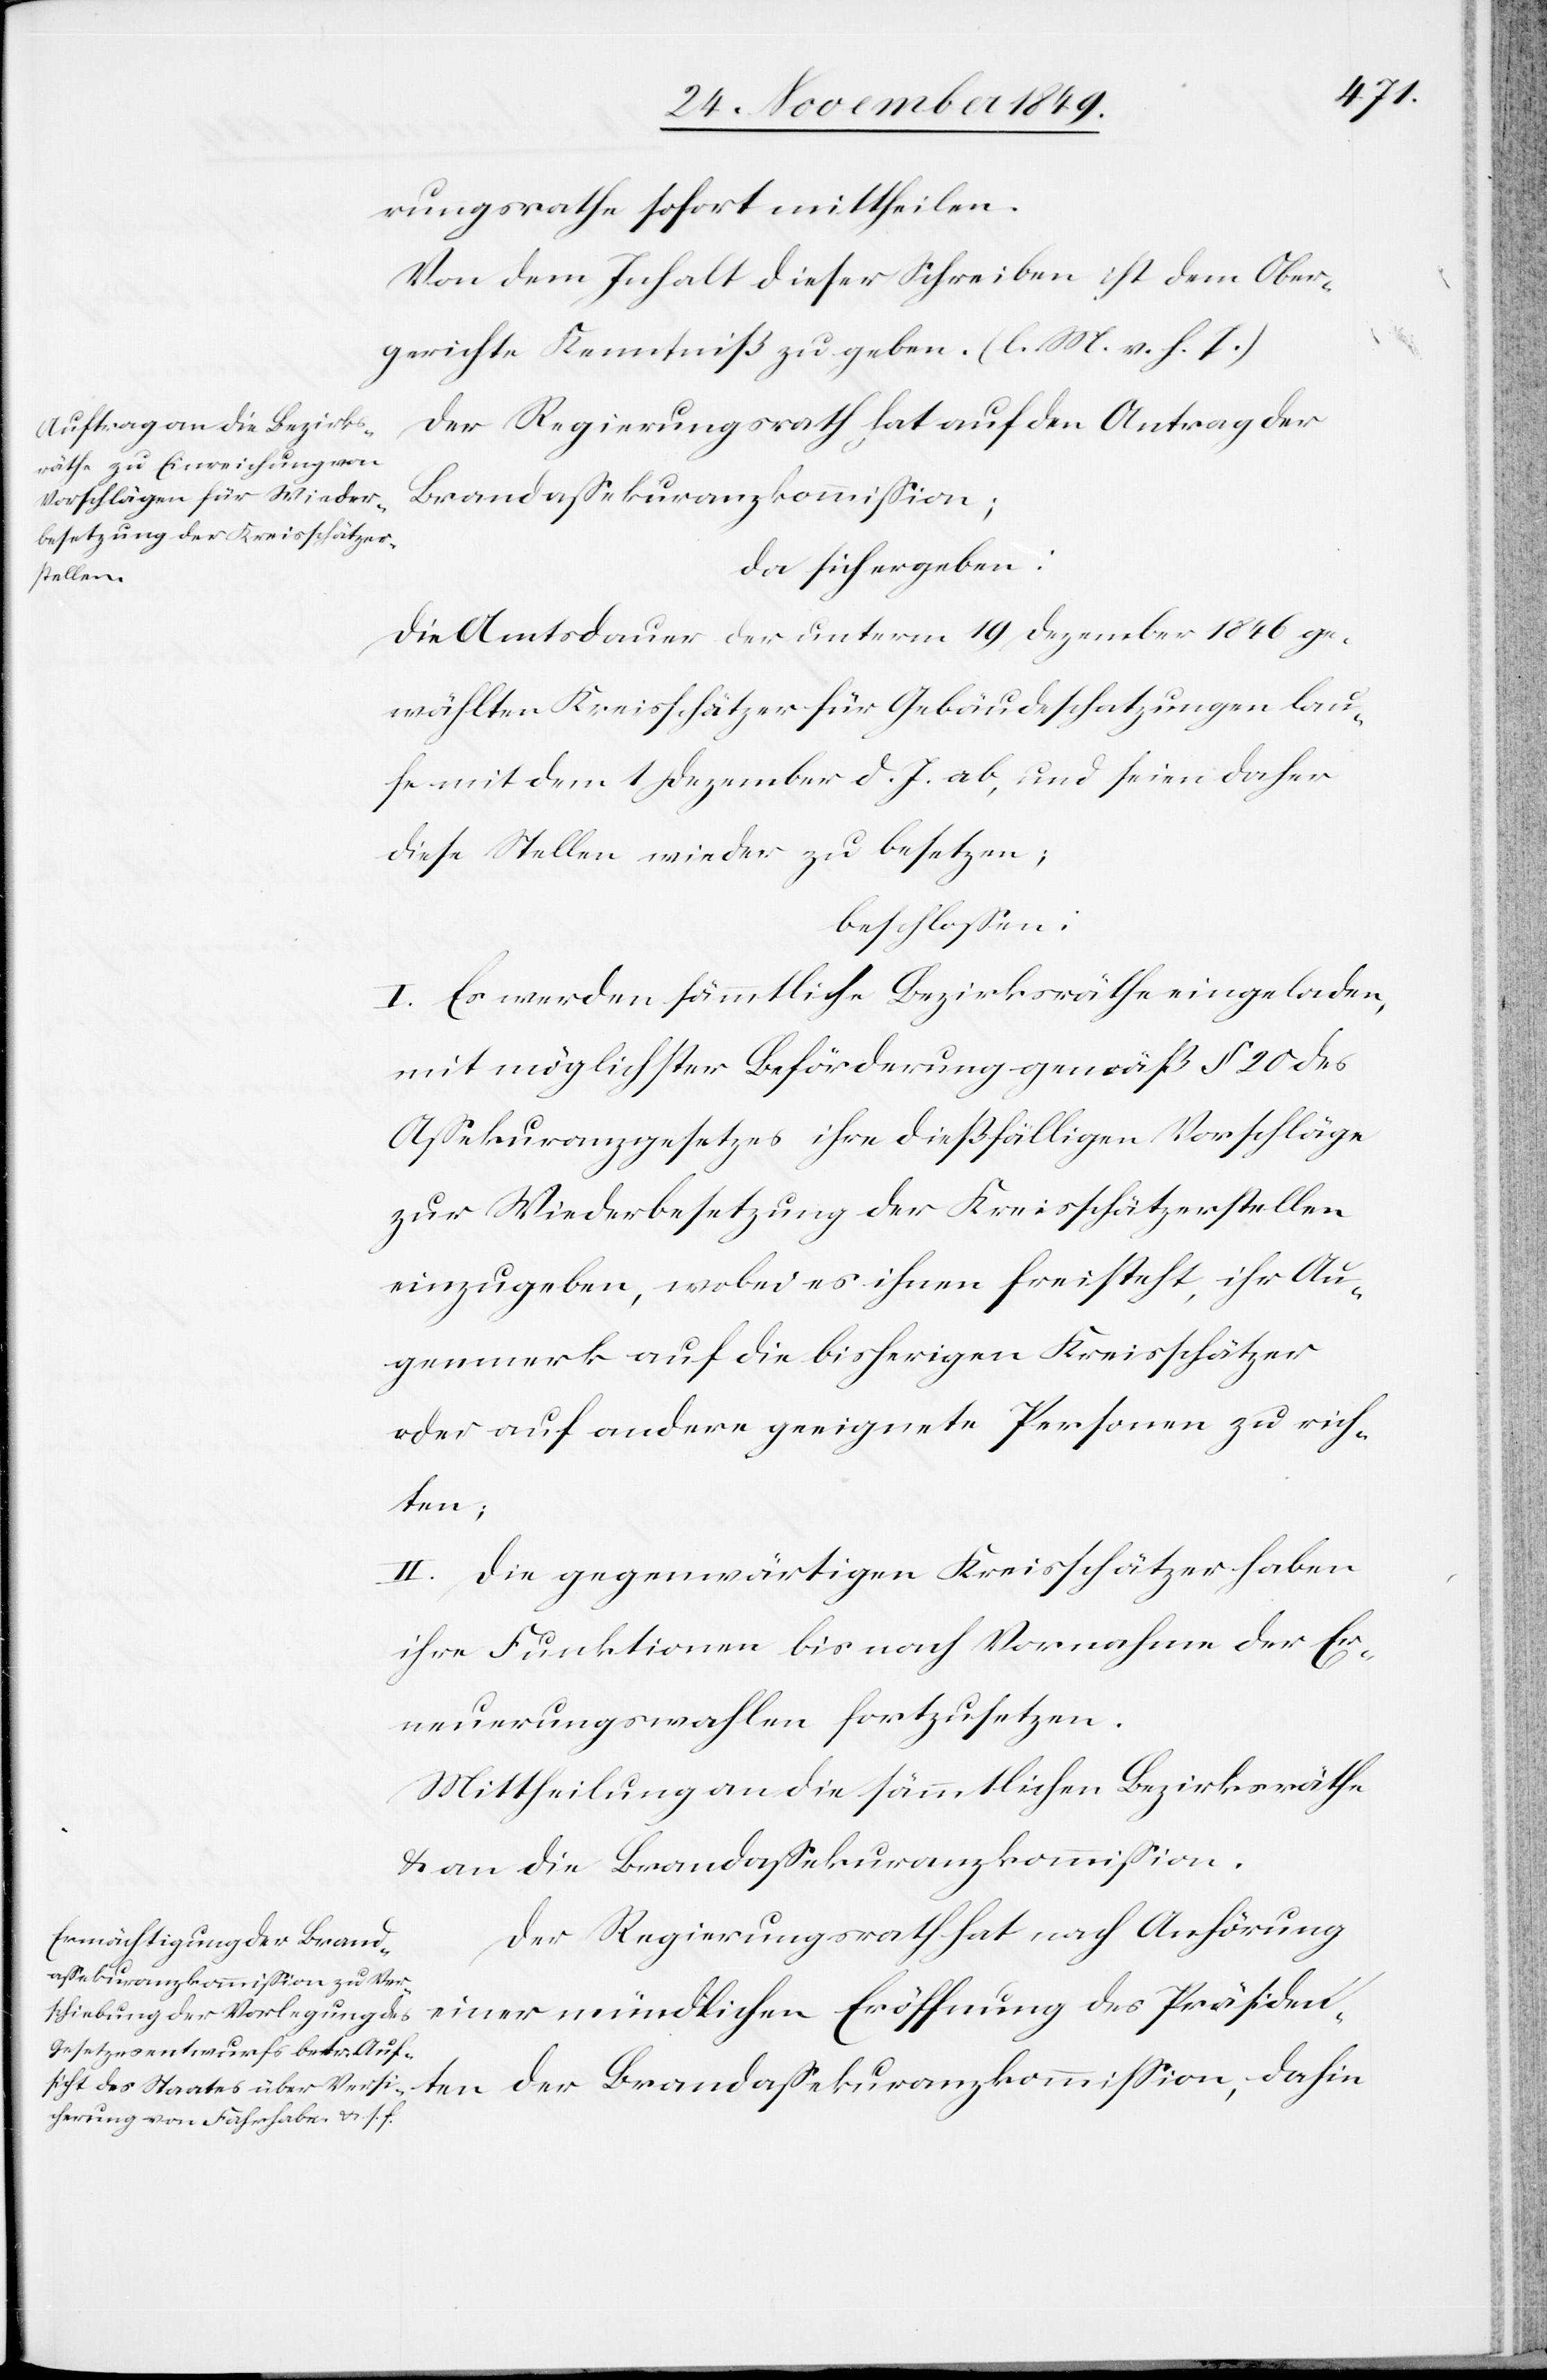
rungsrathe sofort mittheilen.
Von dem Inhalt dieser Schreiben ist dem Ober¬
gerichte Kenntniß zu geben. [l. M. v. h. T]
Der Regierungsrath hat auf den Antrag der
Brandaßekuranzkommißion;
da sich ergeben:
Die Amtsdauer der unterm 19 Dezember 1846 ge¬
wählten Kreisschätzer für Gebäudeschatzungen lau¬
fe mit dem 1 Dezember d. J. ab, und seien daher
diese Stellen wieder zu besetzen;
beschloßen:
I. Es werden sämmtliche Bezirksräthe eingeladen,
mit möglichster Beförderung gemäß § 20 des
Aßekuranzgesetzes ihre dießfälligen Vorschläge
zur Wiederbesetzung der Kreisschätzerstellen
einzugeben, wobei es ihm freisteht, ihr Au¬
genmerk auf die bisherigen Kreisschätzer
oder auf andere geeignete Personen zu rich¬
ten;
II. Die gegenwärtigen Kreisschätzer haben
ihre Funktionen bis nach Vornahme der Er¬
neuerungswahlen fortzusetzen.
Mittheilung an die sämmtlichen Bezirksräthe
u. an die Brandaßekuranzkommißion.
Der Regierungsrath hat nach Anhörung
einer mündlichen Eröffnung des Präsiden¬
ten der Brandaßekuranzkommißion, dahin